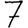
Digit: 7